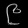
Digit: ၉